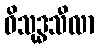
ဝိသုဒ္ဓသီလာ